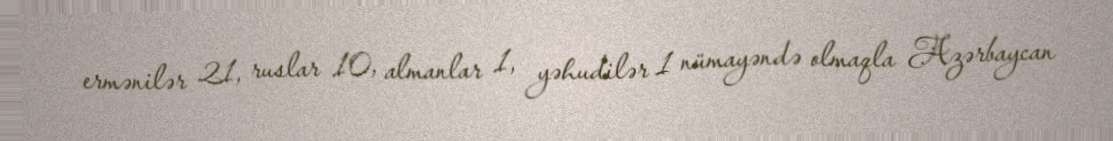
ermənilər 21, ruslar 10, almanlar 1, yəhudilər 1 nümayəndə olmaqla Azərbaycan